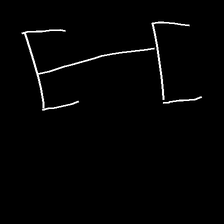
Glyph: entwine